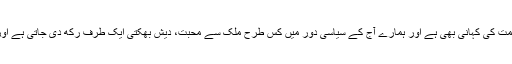
یہ کہانی ہندوستانی صحافت کے دوسرے اخباروں کے تذبذب کی کہانی بھی ہے، کم ہمت کی کہانی بھی ہے اور ہمارے آج کے سیاسی دور میں کس طرح ملک سے محبت، دیش بھکتی ایک طرف رکھ دی جاتی ہے اور کس طرح ملک سے بغاوت کو رہنما اصول مان لیا جاتا ہے، اس کی کہانی بھی ہے۔